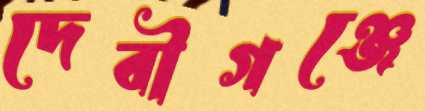
দেবীগঞ্জে